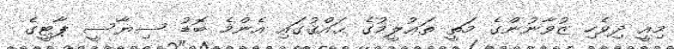
މިއީ ދިވެހި ޒުވާނުންގެ މަތީ ތަޢުލީމުގެ ޙައްޤުގައި އެންމެ ބޮޑު ސިޔާސީ ޕާޓީގެ